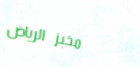
مخبز الرياض